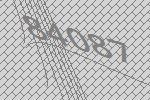
84087